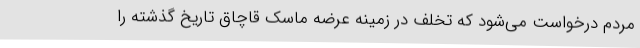
مردم درخواست می‌شود که تخلف در زمینه عرضه ماسک قاچاق تاریخ گذشته را